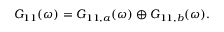
\begin{array} { r } { G _ { 1 1 } ( \omega ) = G _ { 1 1 , a } ( \omega ) \oplus G _ { 1 1 , b } ( \omega ) . } \end{array}